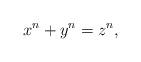
LaTeX: \begin{align*} x^n + y^n = z^n, \end{align*}